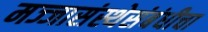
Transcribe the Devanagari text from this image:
मज्जासंस्थेसंबंधीचा